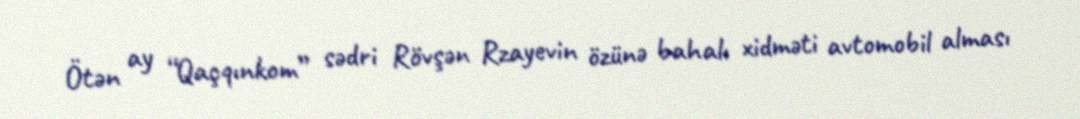
Ötən ay “Qaçqınkom” sədri Rövşən Rzayevin özünə bahalı xidməti avtomobil alması